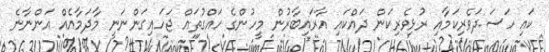
ކައި ހަސަދަވެރިކަމާއި ރުޅިވެރިކަން ދައްކައި އާރައިބާރުން މީހުންގެ ހައްގުތައް ޖަހައިގަންނަނީ މާދަމާއެއް އަންނާނެ